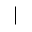
|